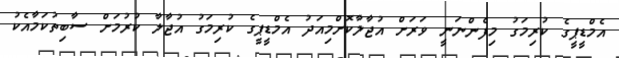
އެމްޑީޕީގެ ކުރިމަގު މިފެންނަނީ ވަރަށް އުޖާލާކޮށްމިއަދު އެމްޑީޕީގެ ކުރިމަގު އުޖާލާ ކުރުމަށް ސާބިތުކަމާއެކު